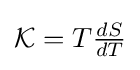
{\mathcal {K}}=T{\tfrac {dS}{dT}}